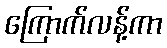
ကြောက်လန့်ကာ